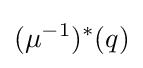
(\mu ^{-1})^{*}(q)